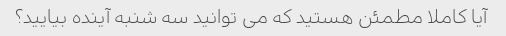
آیا کاملا مطمئن هستید که می توانید سه شنبه آینده بیایید؟